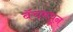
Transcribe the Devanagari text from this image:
बॅचमधून